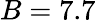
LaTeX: B=7.7